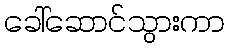
ခေါ်ဆောင်သွားကာ